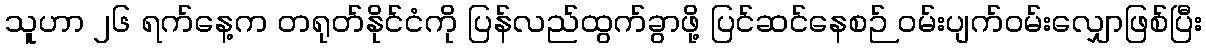
သူဟာ ၂၆ ရက်နေ့က တရုတ်နိုင်ငံကို ပြန်လည်ထွက်ခွာဖို့ ပြင်ဆင်နေစဉ် ဝမ်းပျက်ဝမ်းလျှောဖြစ်ပြီး